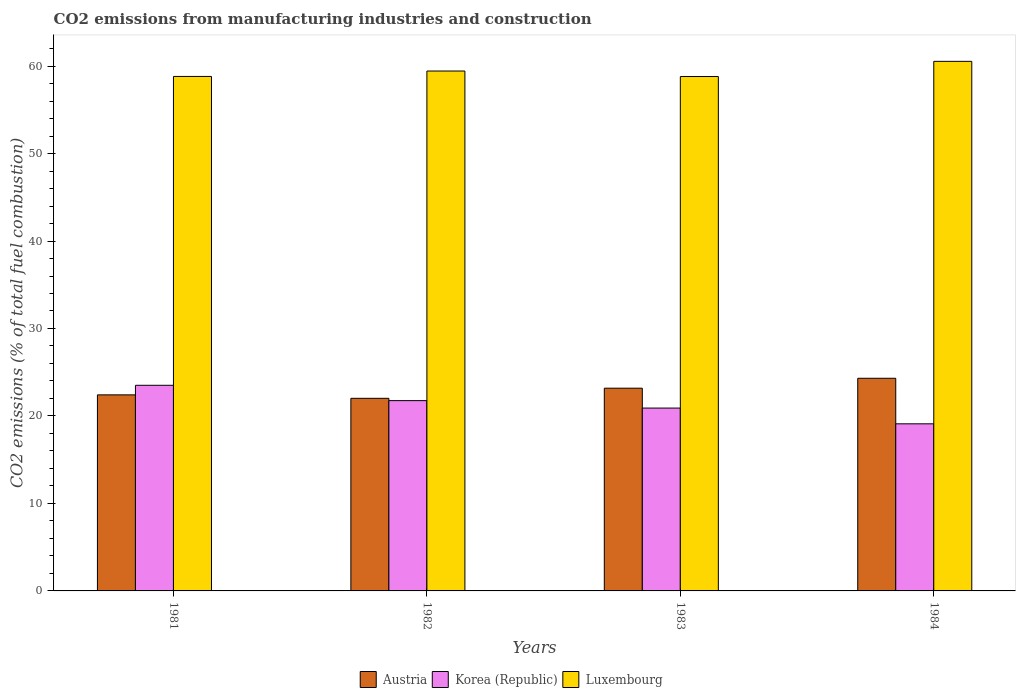
| Years | Austria | Korea (Republic) | Luxembourg |
 | --- | --- | --- | --- |
 | 1981 | 22.4 | 23.5 | 58.8 |
 | 1982 | 22 | 21.8 | 59.4 |
 | 1983 | 23.2 | 20.9 | 58.8 |
 | 1984 | 24.3 | 19.1 | 60.5 |